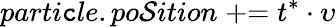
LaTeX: parti\mathtt{c}le.po\mathcal{S}ition\mathrel{+}\mathrel{=}t^{\ast}\cdot\upsilon